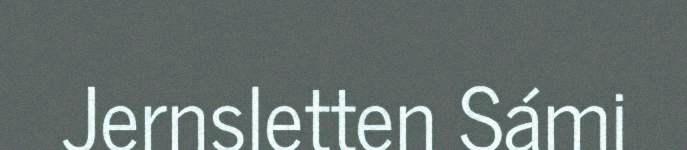
Jernsletten Sámi